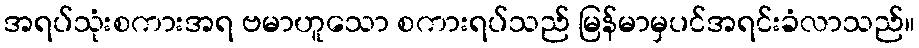
အရပ်သုံးစကားအရ ဗမာဟူသော စကားရပ်သည် မြန်မာမှပင်အရင်းခံလာသည်။